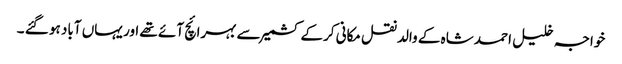
خواجہ خلیل احمد شاہ کے والد نقل مکانی کرکے کشمیر سے بہرائچ آئے تھے اور یہاں آباد ہو گئے ۔